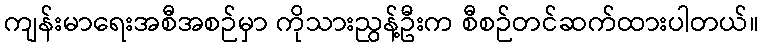
ကျန်းမာရေးအစီအစဉ်မှာ ကိုသားညွန့်ဦးက စီစဉ်တင်ဆက်ထားပါတယ်။